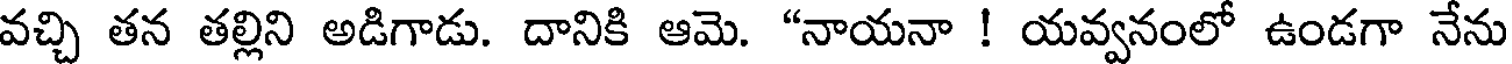
వచ్చి తన తల్లిని అడిగాడు. దానికి ఆమె. "నాయనా ! యవ్వనంలో ఉండగా నేను